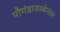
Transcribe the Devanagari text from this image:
पौगंडावस्थेनंतर